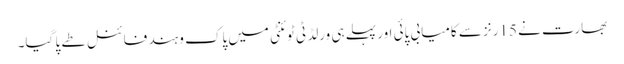
بھارت نے 15رنز سے کامیابی پائی اور پہلے ہی ورلڈ ٹی ٹوئنٹی میں پاک و ہند فائنل طے پا گیا۔